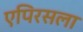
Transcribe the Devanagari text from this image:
एपिरसला